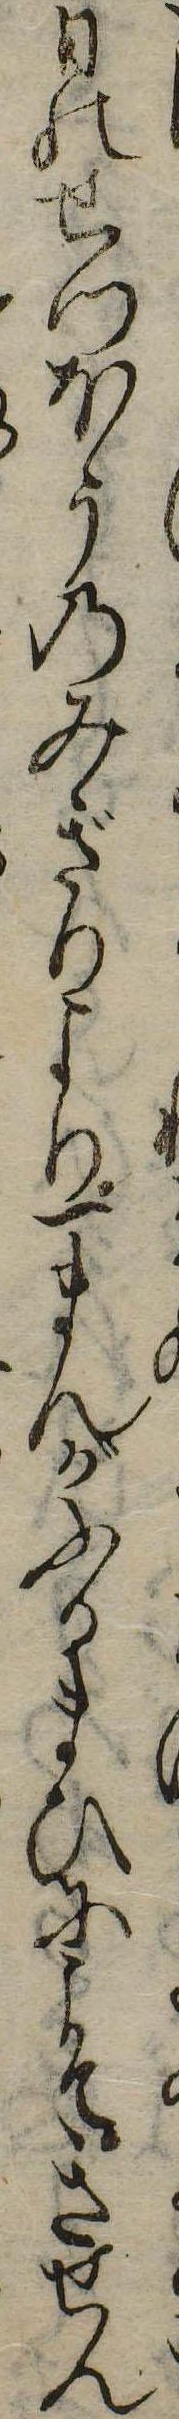
日のせつほうのみぎりより一まんがふるまひにこそきせん